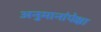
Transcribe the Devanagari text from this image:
अनुमानांपेक्षा